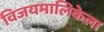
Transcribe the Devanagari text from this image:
विजयमालिकेला